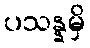
ပသန္နမှိ